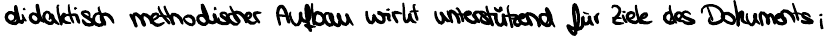
didaktisch methodischer Aufbau wirkt unterstützend für Ziele des Dokuments;